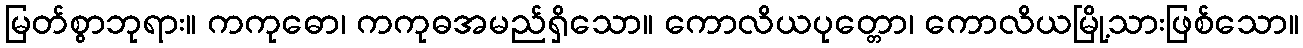
မြတ်စွာဘုရား။ ကကုဓော၊ ကကုဓအမည်ရှိသော။ ကောလိယပုတ္တော၊ ကောလိယမြို့သားဖြစ်သော။